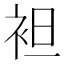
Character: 袒